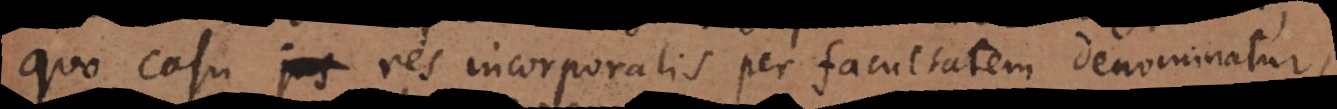
quo casu jus res incorporalis per facultatem denominatur,